Report on the administration of the Government Cinchona Department 1892-98
Year: 1892
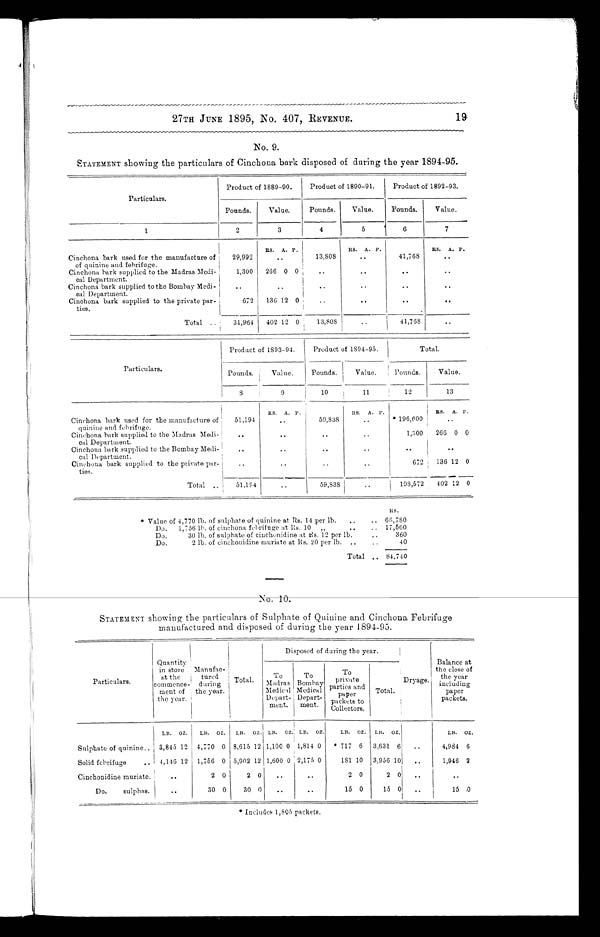
27TH JUNE 1895, No. 407, REVENUE. 19 19
No. 9.
STATEMENT showing the particulars of Cinchona bark disposed of during the year 1894-95.
Particulars.
Product of 1889-90.
Product of 1890-91.
Product of 1892-93.
Pounds.
Value.
Pounds.
Value.
Pounds.
Value.
1
2
3
4
5
6
7
RS.
A. P.
RS.
A. P.
RS.
A. P.
Cinchona bark used for the manufacture of
of quinine and febrifuge.
29,992
..
13,808
..
41,768
..
Cinchona bark supplied to the Madras Medi-
cal Department.
1,300
266 0 0
..
..
..
..
Cinchona bark supplied to the Bombay Medi-
cal Department.
. . .
. .
. .
..
..
..
Cinchona bark supplied to the private par-
ties.
672
136 12 0
..
..
. .
..
Tot a l . .
31,964
402 12 0 13,808
..
41,768
..
Particulars.
Product of 1893-94.
Product of 1894-95.
Total.
Pounds.
Value.
Pounds.
Value.
Pounds.
Value.
8
9
10
11
12
13
RS.
A. P.
RS.
A. P. I
RS.
A. P.
Cinchona bark used for the manufacture of
quinine and febrifuge.
51,194
..
59,838
..
*196,600
..
Cinchona, bark supplied to the Madras Medi-
cal Department.
..
..
..
..
1,300
266 0 0
Cinchona bark supplied to the Bombay Medi-
cal Department.
. .
. .
. .
. .
. .
..
Cinchona bark supplied to the private par-
ties.
. .
. .
..
. .
672
136 12
0
Total ..
51,194
..
59,838
. .
198,572
402 12 0
RS.
*Value of 4,770 lb. of sulphate of quinine at Rs. 14 per lb.
..
.. 66,780
Do.
1,756 lb. of cinchona febrifuge at Rs. 10
„
17,560
Do.
30 lb. of sulphate of cinchonidine at Rs. 12 per lb...
3 6 0
Do.
2 lb. of cinchonidine muriate at Rs. 20 per lb. ..
..
40
Total.. 84,740
STATEMENT showing the particulars of Sulphate of Quinine and Cinchona Febrifuge
manufactured and disposed of during the year 1894-95.
Disposed of during the year.
Particulars.
Quantity
in store
at the
commence-
ment of
the year.
Manufac-
tured
during
the year.
Total.
To
Madras
Medical
Depart-
ment.
To
Bombay
Medical
Depart-
ment.
T o p r i v a t e p a r t i e s a n d p a p e r
packets to
Collectors.
Total.
Dryage.
Balance at
the close of
the year
including
paper
packets.
LB.
OZ.
LB.
OZ.
LB.
OZ. LB.
OZ
LB.
OZ.
LB.
OZ.
LB.
OZ.
LB.
OZ.
Sulphate of quinine.. 3,845 12 4,770 0 8,615 12 1,100 0 1,814 0* * 717 6
3,631 6
..
4,984 6
Solid febrifuge
.. 4,146 12 1,756 0 5,902 12 1,600 0 2,175 0
181 10 3,956 10
..
1,946 2
Cinchonidine muriate.
..
2 0
2 0
..
..
2 0
2 0
..
..
Do.
sulphas.
..
30 0
30 0
..
..
15 0
15 0
. .
15 0
* Includes 1,805 packets.